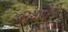
વરસાદીનો